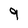
Character: 9